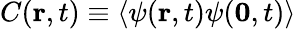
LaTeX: C({\mathbf r},t)\equiv\left<\psi({\mathbf r},t)\psi({\mathbf 0},t)\right>